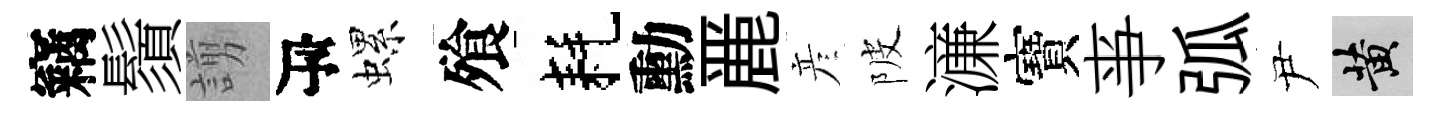
竊鬚謭瓴螺飱耗勳䴡彦陂濓寶亊弧尹黄